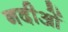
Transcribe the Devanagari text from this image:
नदीओं